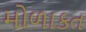
મોળાકત